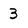
Character: 3